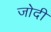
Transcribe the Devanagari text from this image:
जोदी